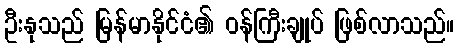
ဦးနုသည် မြန်မာနိုင်ငံ၏ ဝန်ကြီးချုပ် ဖြစ်လာသည်။